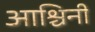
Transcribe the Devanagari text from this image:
आश्चिनी